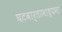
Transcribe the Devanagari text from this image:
घटवार्तामाध्यमा